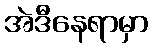
အဲဒီနေရာမှာ